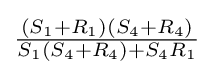
{\tfrac {(S_{1}+R_{1})(S_{4}+R_{4})}{S_{1}(S_{4}+R_{4})+S_{4}R_{1}}}